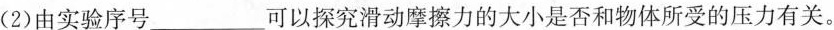
(2)由实验序号___可以探究滑动摩擦力的大小是否和物体所受的压力有关。